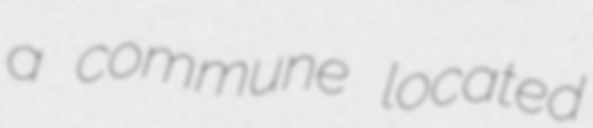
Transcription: a commune located